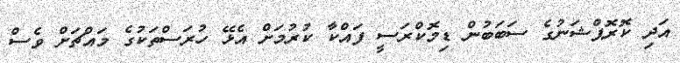
އަދި ކޮރޮޕްޝަނުގެ ސަބަބުން ޑިމޮކްރަސީ ފައްކާ ކުރުމަށް އެޅޭ ހުރަސްތަކުގެ މައްޗަށް ވެސް